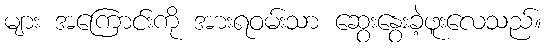
များ အကြောင်းကို အားရဝမ်းသာ ဆွေးနွေးခဲ့ဖူးလေသည်။